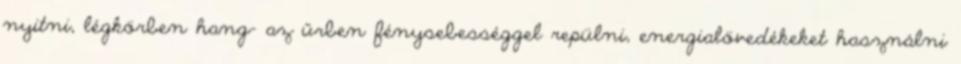
nyitni, légkörben hang- az űrben fénysebességgel repülni, energialövedékeket használni